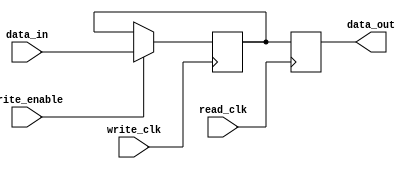
module dual_port_register (
    input write_clk,
    input read_clk,
    input write_enable,
    input [7:0] data_in,
    output reg [7:0] data_out
);

reg [7:0] reg_data;

always @(posedge write_clk) begin
    if (write_enable) begin
        reg_data <= data_in;
    end
end

always @(posedge read_clk) begin
    data_out <= reg_data;
end

endmodule